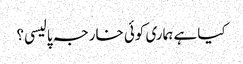
کیا ہے ہماری کوئی خارجہ پالیسی؟